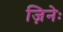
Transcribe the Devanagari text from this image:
ज़िनेः